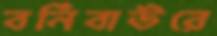
বর্নিবাউরে